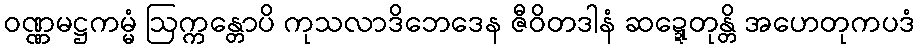
ဝဏ္ဏမဋ္ဌကမ္မံ ဩက္ကန္တောပိ ကုသလာဒိဘေဒေန ဇီဝိတဒါနံ ဆဍ္ဍေတုန္တိ အဟေတုကပဒံ